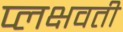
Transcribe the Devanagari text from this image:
प्लक्षवती